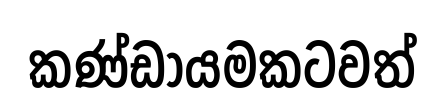
කණ්ඩායමකටවත්